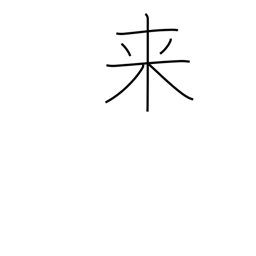
Meaning: become